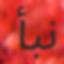
نبأ